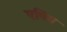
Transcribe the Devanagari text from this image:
एपिंग